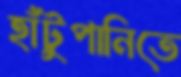
হাঁটুপানিতে